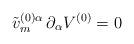
LaTeX: \begin{align*}\tilde v_m^{(0)\alpha}\,\partial_\alpha V^{(0)}=0\end{align*}